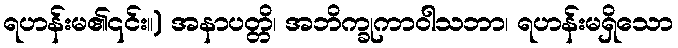
ရဟန်းမ၏၎င်း။) အနာပတ္တိ၊ အဘိက္ခုကာဝါသဘာ၊ ရဟန်းမရှိသော